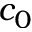
c _ { 0 }